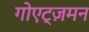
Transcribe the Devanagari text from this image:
गोएट्ज़मन